NAE_Eesti_seltside_protokollid_1900-1917, lk 4
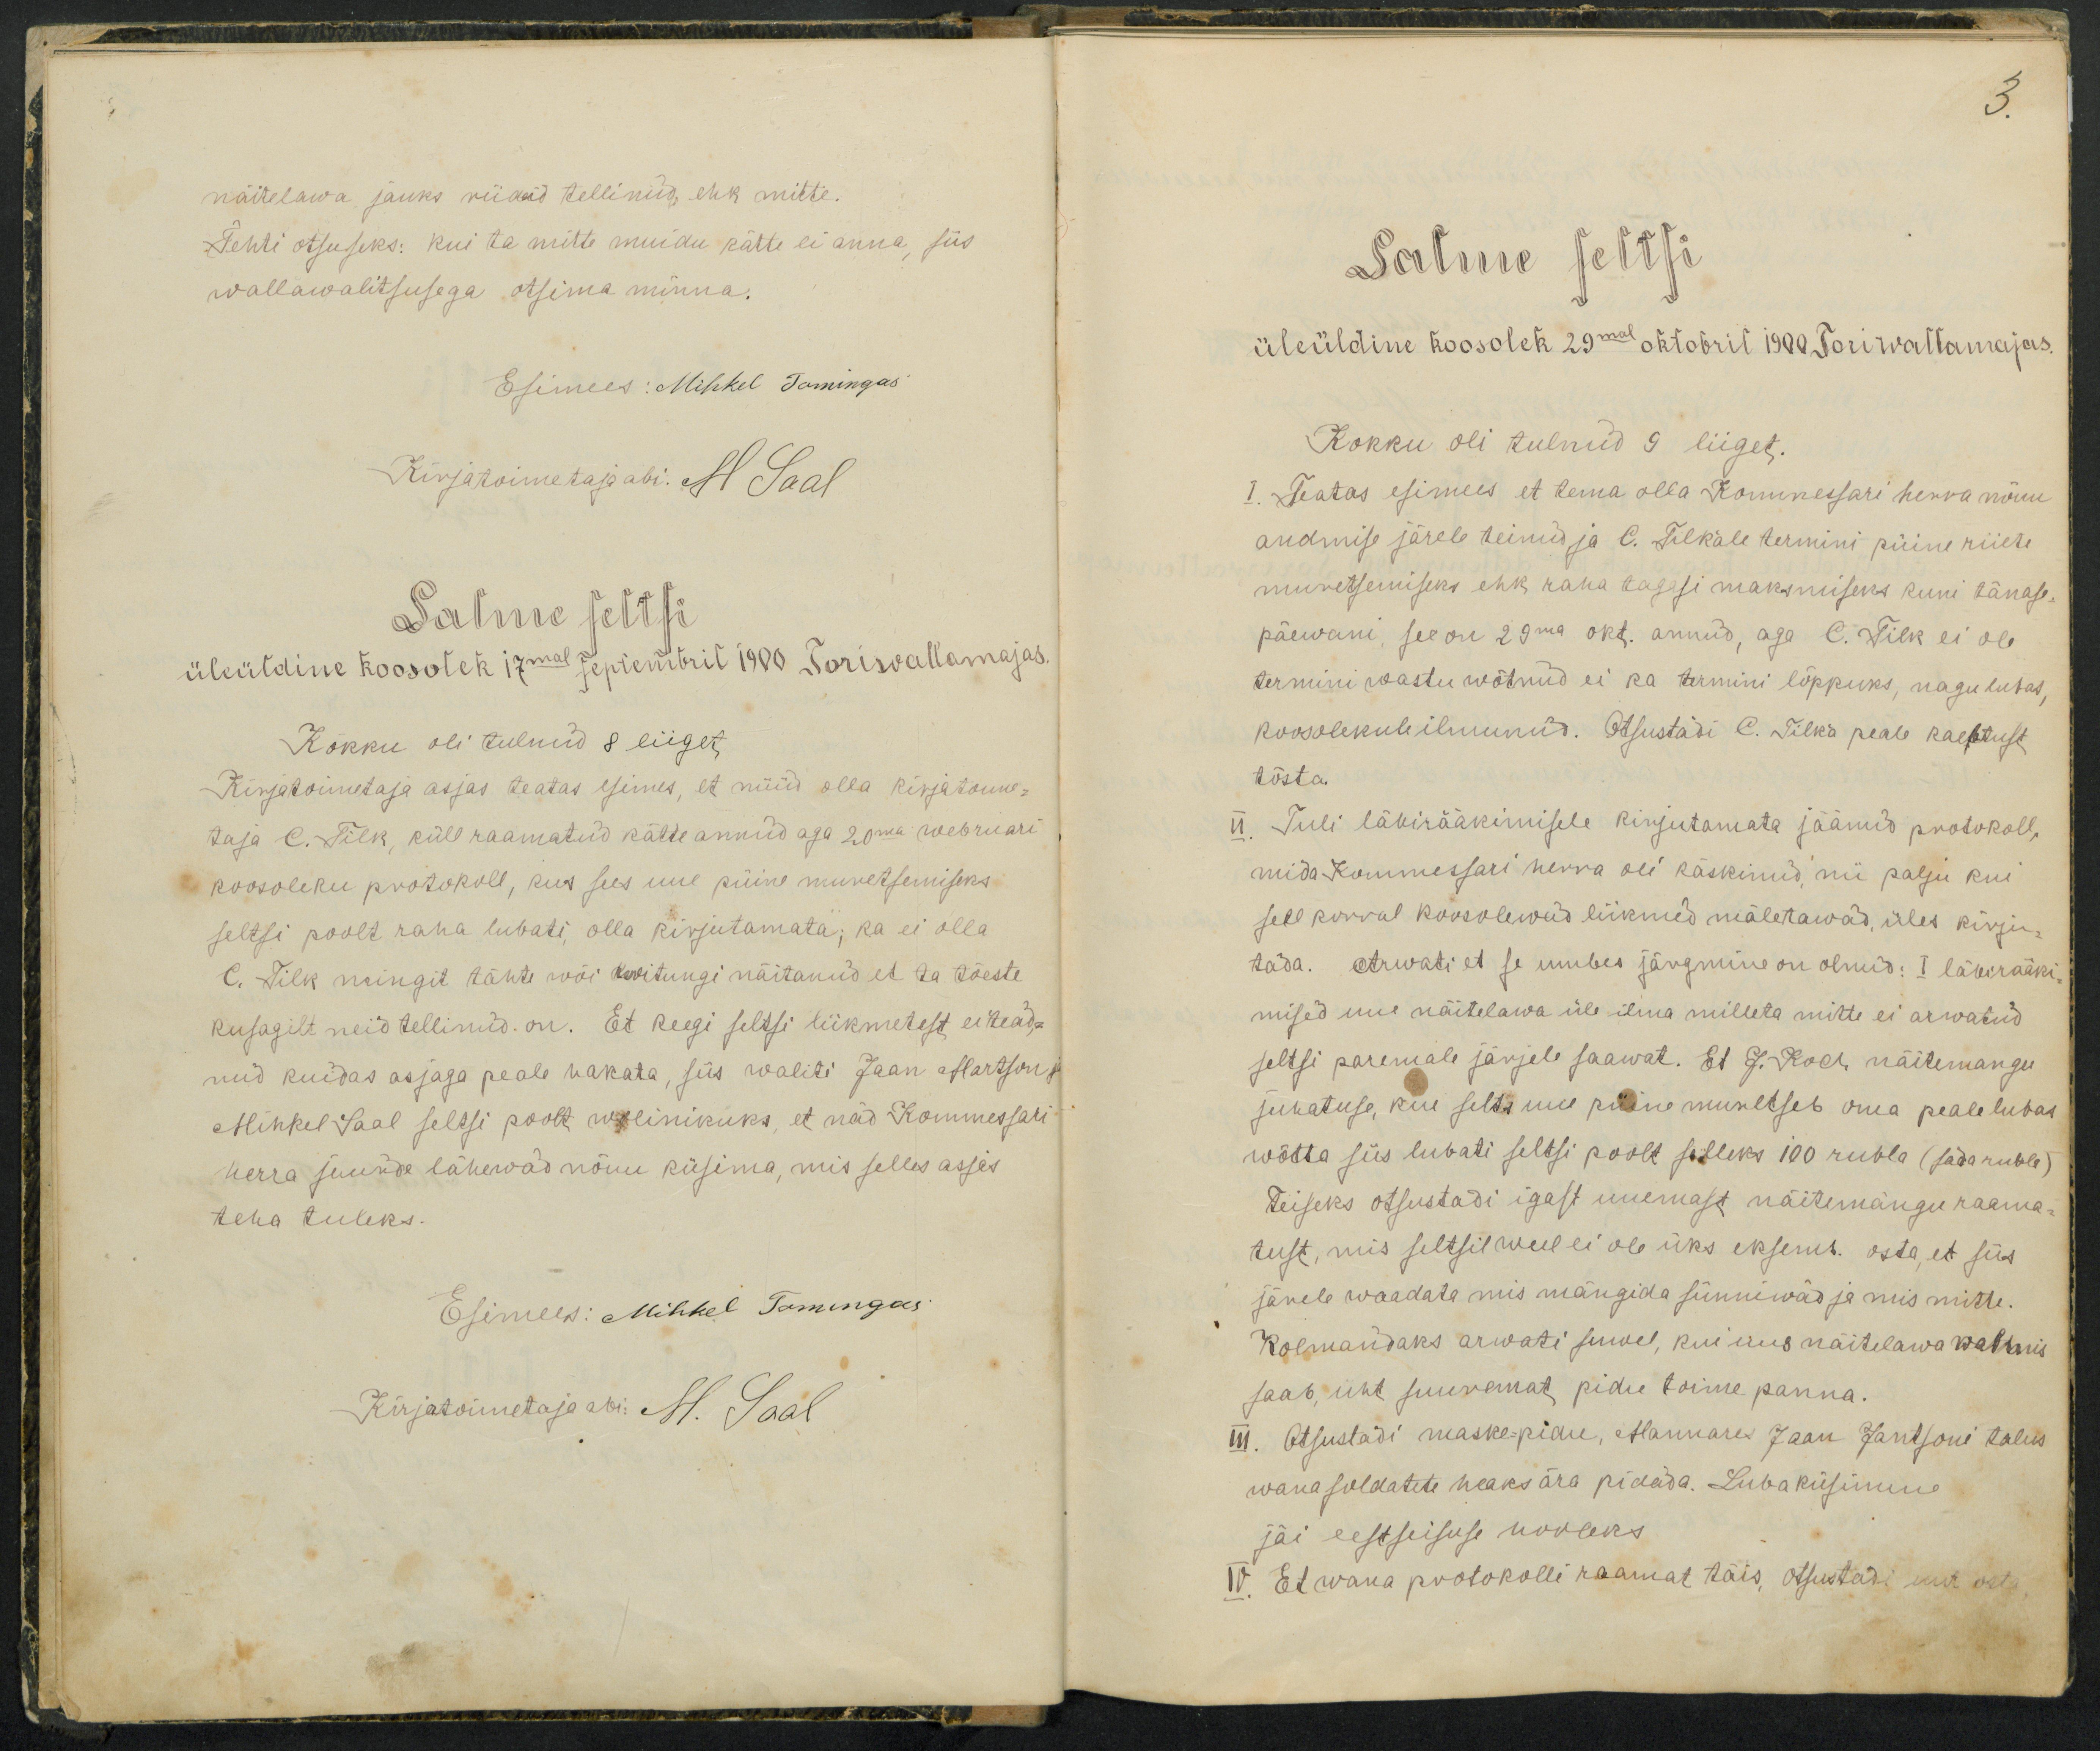
näitelawa jauks riideid tellinud ehk mitte.
Tehti otsuseks: kui ta mitte muidu kätte ei anna, siis
wallawalitsusega otsima minna.
Esimees: Mihkel Tomingas
RKirjatoimetaja abi M Saal
Salme seltsi
üleüldine koosolek 17mal septembril 1900 Tori wallamajas.
Kokku oli tulnud 8 liiget
Kirjatoimetaja asjas teatas esimees, et nüüd olla kirjatoime-
taja E. Tilk, küll raamatud kätte annud aga 20ma weebruari
koosoleku protokoll, kus sees uue püine muretsemiseks
seltsi poolt raha lubati, olla kirjutamata; ka ei olla
E. Tilk mingit tähte wõi kwitungi näitanud et ta tõeste
kusagilt neid tellinud. on. Et keegi seltsi liikmetest ei tead-
nud kuidas asjaga peale hakata, siis waliti Jaan Martson j
Mihkel Saal seltsi poolt wolinikuks, et nad Kommessari
herra juurde lähewad nõuu küsima, mis selles asjas
teha tuleks.
Esimees: Mihkel Tomingas
Kirjatoimetaja abi: M. Saal

Salme seltsi
üleüldine koosolek 29mal oktobril 1900 Tori wallamajas
Kokku oli tulnud 9 liiget.
1. Teatas esimees et tema olla Kommessari herra nõuu
andmise järele teinud ja E. Tilkale termini püine riiete
muretsemiseks ehk kaua aegegi maksmiseks kuni tänase-
päewani, see on 29ma okt. annud, aga E. Tilk ei ole
termini wastu wõtnud ei ka termini lõppuks, nagu lubas
koosolekule ilmunud. Otsustadi E. Tilka peale kaebtust
tõsta.
II. Tuli läkirääkimisele kirjutamata jäänud protokoll,
mida Kommessari herra oli käskinud, nii palju kui
sell korral koosolewad liikmed mäletawad, üles kirju-
tada. Arwati et se umbes järgmine on olnud: I läbirääki
mised uue näitelawa üle ilma milleta mitte ei arwatud
seltsi paremale järjele saawat. Et J. Koch näitemangu
juhatuse, kui seltsi uue püine muretseb oma peale lubas
wõtta siis lubati seltsi poolt selleks 100 rubla (sada rubla)
Teiseks otsustadi igast uuemast näitemängu raama-
kust, mis seltsil weel ei ole üks eksemb. osta, et siis
järele waadata mis mängida sünniwad ja mis mitte.
Kolmandaks arwati suwel, kui uus näitelawa walmis
saab, üht suuremat pidu toime panna.
III. Otsustadi maske-pidu, Mannare Jaan Jantsoni talus
wana soldatete heaks ära pidada. Luba küsimus
jäi eestseisuse hooleks
IV. Et wana protokolli raamal täis, otsustadi uut osta